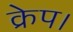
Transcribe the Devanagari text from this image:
क्रेप।